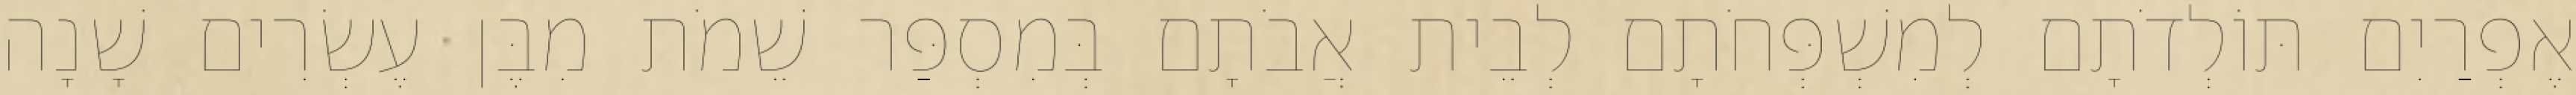
אֶפְרַיִם תּוֹלְדֹתָם לְמִשְׁפְּחֹתָם לְבֵית אֲבֹתָם בְּמִסְפַּר שֵׁמֹת מִבֶּן עֶשְׂרִים שָׁנָה